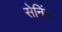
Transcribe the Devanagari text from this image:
सेनिंग